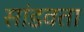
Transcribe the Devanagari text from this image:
सांडवता